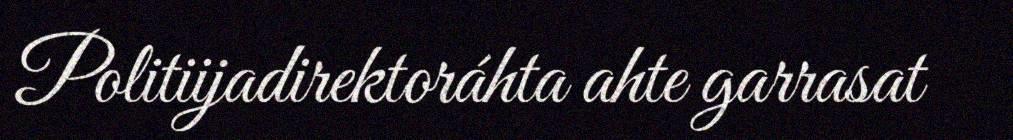
Politiijadirektoráhta ahte garrasat